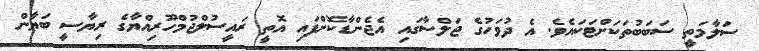
ސަލާމަތީ ސަބަބުތަކަށްޓަކައެވެ. އެ ދުވަހުގެ ޖަލްސާގައި އެޖެންޑާކޮށްފައި އޮތީ ރައީސުލްޖުމްހޫރިއްޔާގެ ރިޔާސީ ބަޔާން